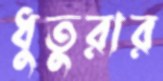
ধুতুরার